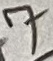
Text: 7